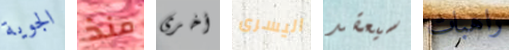
الجوية منذ أخرى اليسرى سيعقد راهبات